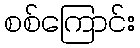
စစ်ကြောင်း